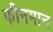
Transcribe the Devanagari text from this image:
फीनमान